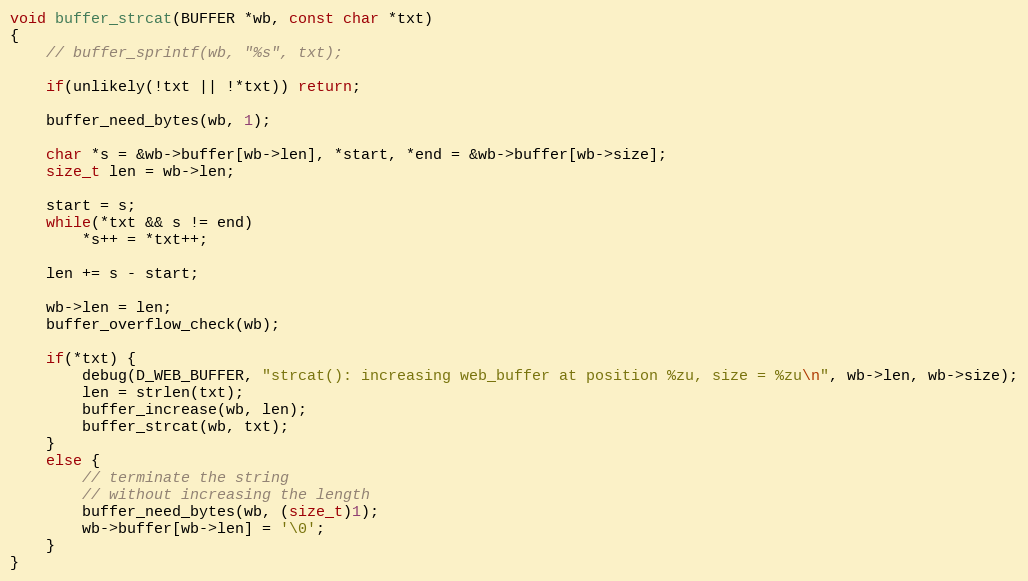
Language: C
void buffer_strcat(BUFFER *wb, const char *txt)
{
    // buffer_sprintf(wb, "%s", txt);

    if(unlikely(!txt || !*txt)) return;

    buffer_need_bytes(wb, 1);

    char *s = &wb->buffer[wb->len], *start, *end = &wb->buffer[wb->size];
    size_t len = wb->len;

    start = s;
    while(*txt && s != end)
        *s++ = *txt++;

    len += s - start;

    wb->len = len;
    buffer_overflow_check(wb);

    if(*txt) {
        debug(D_WEB_BUFFER, "strcat(): increasing web_buffer at position %zu, size = %zu\n", wb->len, wb->size);
        len = strlen(txt);
        buffer_increase(wb, len);
        buffer_strcat(wb, txt);
    }
    else {
        // terminate the string
        // without increasing the length
        buffer_need_bytes(wb, (size_t)1);
        wb->buffer[wb->len] = '\0';
    }
}